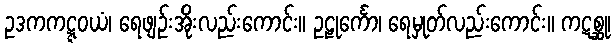
ဥဒကကဋ္ဋဝယံ၊ ရေဖျဉ်းအိုးလည်းကောင်း။ ဥဠုင်္ကော၊ ရေမှုတ်လည်းကောင်း။ ကဋစ္ဆု၊